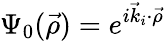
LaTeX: \Psi_{0}(\vec{\rho})=e^{i\vec{k}_{i}\cdot\vec{\rho}}